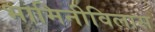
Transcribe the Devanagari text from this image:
भामिनीविलास